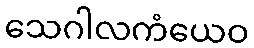
သေဂါလကံယေဝ